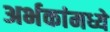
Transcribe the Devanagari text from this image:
अर्भकांमध्ये